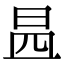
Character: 𣌬